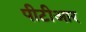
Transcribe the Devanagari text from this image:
पीटीआर